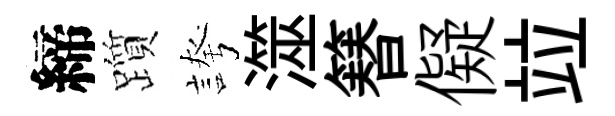
締躓誇澨簮儗竝